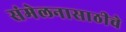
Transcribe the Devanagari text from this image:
संमेलनासाठीचे